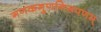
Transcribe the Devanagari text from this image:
गणकगुणनिरूपणम्